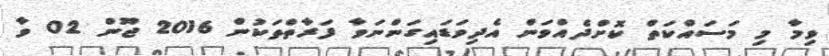
ވިމާ މި މަސައްކަތް ކޮށްދެއްވަން އެދިވަޑައިގަންނަވާ ފަރާތްތަކުން 2016 ޖޫން 02 ވާ